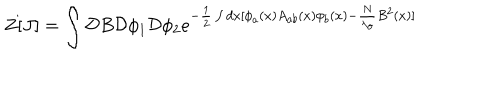
LaTeX: Z [ J ] = \int { \cal D } B { \cal D } \phi _ { 1 } { \cal D } \phi _ { 2 } e ^ { - \frac { 1 } { 2 } \int d x [ \phi _ { a } ( x ) A _ { a b } ( x ) \phi _ { b } ( x ) - \frac { N } { \lambda _ { o } } B ^ { 2 } ( x ) ] }